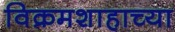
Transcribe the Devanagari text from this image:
विक्रमशाहाच्या